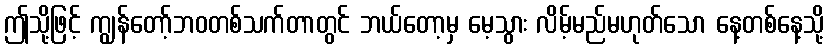
ဤသို့ဖြင့် ကျွန်တော့်ဘဝတစ်သက်တာတွင် ဘယ်တော့မှ မေ့သွား လိမ့်မည်မဟုတ်သော နေ့တစ်နေ့သို့